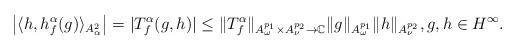
LaTeX: \begin{align*}\left|\langle h,h_{f}^{\alpha}(g)\rangle_{A_{\alpha}^{2}}\right|=|T_{f}^{\alpha}(g,h)|\le\|T_{f}^{\alpha}\|_{A_{\omega}^{p_{1}}\times A_{\nu}^{p_{2}}\to \mathbb{C}}\|g\|_{A_{\omega}^{p_{1}}}\|h\|_{A_{\nu}^{p_{2}}},g,h\in H^{\infty}.\end{align*}